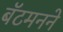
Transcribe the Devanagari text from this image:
बॅटमनने